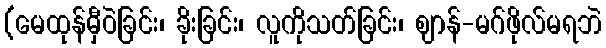
(မေထုန်မှီဝဲခြင်း၊ ခိုးခြင်း၊ လူကိုသတ်ခြင်း၊ ဈာန်-မဂ်ဖိုလ်မရဘဲ